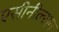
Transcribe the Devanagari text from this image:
एसीनील्सन